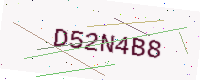
Text: D52N4B8